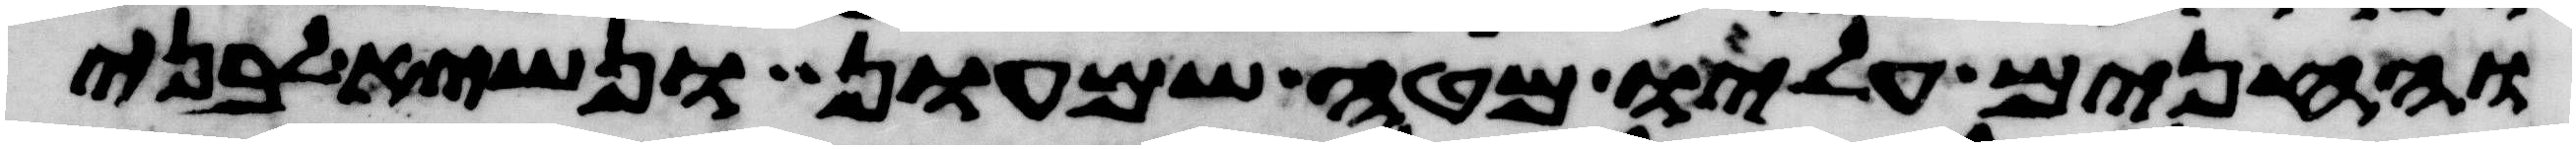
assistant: והחנים עליו מטה שמעון ונשיא לבני